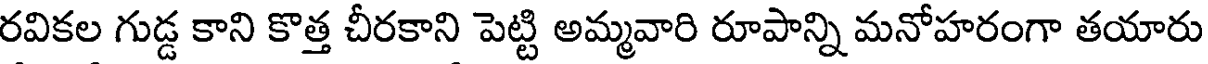
రవికల గుడ్డ కాని కొత్త చీరకాని పెట్టి అమ్మవారి రూపాన్ని మనోహరంగా తయారు